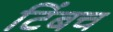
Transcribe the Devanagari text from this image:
टिंबच